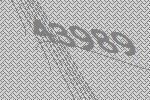
43989